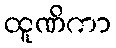
ထူဏိကာ